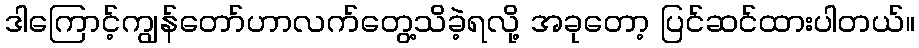
ဒါကြောင့်ကျွန်တော်ဟာလက်တွေ့သိခဲ့ရလို့ အခုတော့ ပြင်ဆင်ထားပါတယ်။